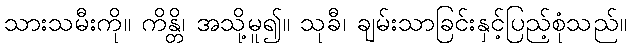
သားသမီးကို။ ကိန္တိ၊ အသို့မူ၍။ သုခီ၊ ချမ်းသာခြင်းနှင့်ပြည့်စုံသည်။